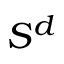
S ^ { d }